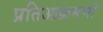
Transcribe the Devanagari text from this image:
प्रतिआक्रमणो